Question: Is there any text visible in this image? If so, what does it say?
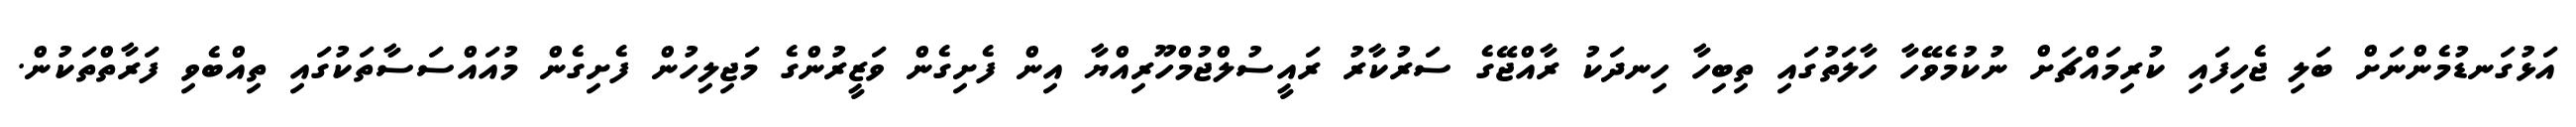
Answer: އަޅުގަނޑުމެންނަށް ބަލި ޖެހިފައި ކުރިމައްޗަށް ނުކުމެވޭހާ ހާލަތުގައި ތިބިހާ ހިނދަކު ރާއްޖޭގެ ސަރުކާރު ރައީސުލްޖުމްހޫރިއްޔާ އިން ފެށިގެން ވަޒީރުންގެ މަޖިލިހުން ފެށިގެން މުއައްސަސާތަކުގައި ތިއްބެވި ފަރާތްތަކުން.